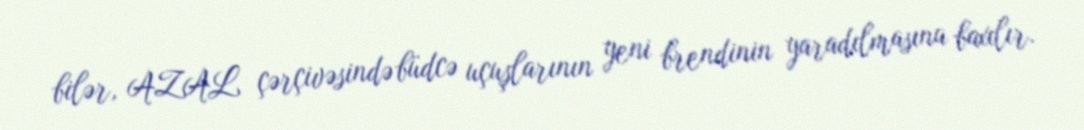
bilər, AZAL çərçivəsində büdcə uçuşlarının yeni brendinin yaradılmasına baxılır.